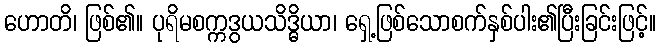
ဟောတိ၊ ဖြစ်၏။ ပုရိမစက္ကဒွယသိဒ္ဓိယာ၊ ရှေ့ဖြစ်သောစက်နှစ်ပါး၏ပြီးခြင်းဖြင့်။